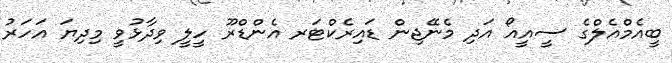
ބީއެމްއެލްގެ ސީއީއޯ އަދި މެނޭޖިން ޑައިރެކްޓަރ އެންޑްރޫ ހީލީ ވިދާޅުވީ މިދިޔަ އަހަރު